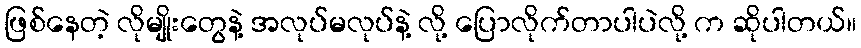
ဖြစ်နေတဲ့ လိုမျိုးတွေနဲ့ အလုပ်မလုပ်နဲ့ လို့ ပြောလိုက်တာပါပဲလို့ က ဆိုပါတယ်။